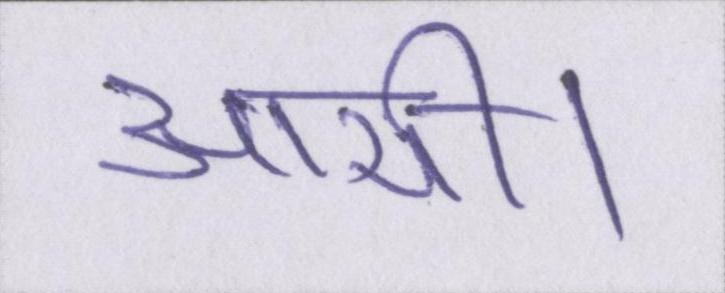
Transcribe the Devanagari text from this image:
आयी।